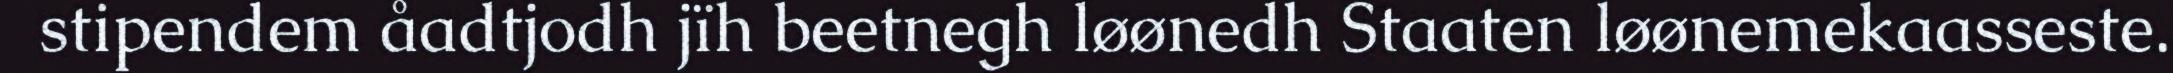
stipendem åadtjodh jïh beetnegh løønedh Staaten løønemekaasseste.